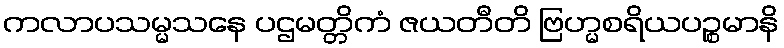
ကလာပသမ္မသနေ ပဌမတ္တိကံ ဇယတီတိ ဗြဟ္မစရိယပဉ္စမာနိ